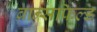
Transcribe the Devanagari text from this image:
ब्रान्सफिल्ड